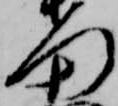
門